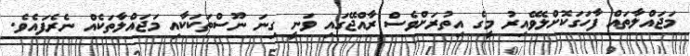
މަޖައްލާތައް ފާހަގަކޮށްލެވޭއިރު މީގެ އިތުރަށްވެސް ރާއްޖޭގައި ވަނީ ގިނަ ނޫސްތަކަކާއި މަޖައްލާތަކެއް ނެރެފައެވެ.